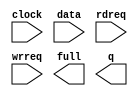
// megafunction wizard: %FIFO%VBB%
// GENERATION: STANDARD
// VERSION: WM1.0
// MODULE: scfifo 

// ============================================================
// Megafunction Name(s):
// 			scfifo
//
// Simulation Library Files(s):
// 			altera_mf
// ============================================================
// ************************************************************
// THIS IS A WIZARD-GENERATED FILE. DO NOT EDIT THIS FILE!
//
// 20.1.0 Build 711 06/05/2020 SJ Lite Edition
// ************************************************************

//Copyright (C) 2020  Intel Corporation. All rights reserved.
//Your use of Intel Corporation's design tools, logic functions 
//and other software and tools, and any partner logic 
//functions, and any output files from any of the foregoing 
//(including device programming or simulation files), and any 
//associated documentation or information are expressly subject 
//to the terms and conditions of the Intel Program License 
//Subscription Agreement, the Intel Quartus Prime License Agreement,
//the Intel FPGA IP License Agreement, or other applicable license
//agreement, including, without limitation, that your use is for
//the sole purpose of programming logic devices manufactured by
//Intel and sold by Intel or its authorized distributors.  Please
//refer to the applicable agreement for further details, at
//https://fpgasoftware.intel.com/eula.

module fifo2 (
	clock,
	data,
	rdreq,
	wrreq,
	full,
	q);

	input	  clock;
	input	[9:0]  data;
	input	  rdreq;
	input	  wrreq;
	output	  full;
	output	[9:0]  q;

endmodule

// ============================================================
// CNX file retrieval info
// ============================================================
// Retrieval info: PRIVATE: AlmostEmpty NUMERIC "0"
// Retrieval info: PRIVATE: AlmostEmptyThr NUMERIC "-1"
// Retrieval info: PRIVATE: AlmostFull NUMERIC "0"
// Retrieval info: PRIVATE: AlmostFullThr NUMERIC "-1"
// Retrieval info: PRIVATE: CLOCKS_ARE_SYNCHRONIZED NUMERIC "0"
// Retrieval info: PRIVATE: Clock NUMERIC "0"
// Retrieval info: PRIVATE: Depth NUMERIC "16384"
// Retrieval info: PRIVATE: Empty NUMERIC "0"
// Retrieval info: PRIVATE: Full NUMERIC "1"
// Retrieval info: PRIVATE: INTENDED_DEVICE_FAMILY STRING "MAX 10"
// Retrieval info: PRIVATE: LE_BasedFIFO NUMERIC "0"
// Retrieval info: PRIVATE: LegacyRREQ NUMERIC "1"
// Retrieval info: PRIVATE: MAX_DEPTH_BY_9 NUMERIC "0"
// Retrieval info: PRIVATE: OVERFLOW_CHECKING NUMERIC "0"
// Retrieval info: PRIVATE: Optimize NUMERIC "0"
// Retrieval info: PRIVATE: RAM_BLOCK_TYPE NUMERIC "0"
// Retrieval info: PRIVATE: SYNTH_WRAPPER_GEN_POSTFIX STRING "0"
// Retrieval info: PRIVATE: UNDERFLOW_CHECKING NUMERIC "0"
// Retrieval info: PRIVATE: UsedW NUMERIC "0"
// Retrieval info: PRIVATE: Width NUMERIC "10"
// Retrieval info: PRIVATE: dc_aclr NUMERIC "0"
// Retrieval info: PRIVATE: diff_widths NUMERIC "0"
// Retrieval info: PRIVATE: msb_usedw NUMERIC "0"
// Retrieval info: PRIVATE: output_width NUMERIC "10"
// Retrieval info: PRIVATE: rsEmpty NUMERIC "1"
// Retrieval info: PRIVATE: rsFull NUMERIC "0"
// Retrieval info: PRIVATE: rsUsedW NUMERIC "0"
// Retrieval info: PRIVATE: sc_aclr NUMERIC "0"
// Retrieval info: PRIVATE: sc_sclr NUMERIC "0"
// Retrieval info: PRIVATE: wsEmpty NUMERIC "0"
// Retrieval info: PRIVATE: wsFull NUMERIC "1"
// Retrieval info: PRIVATE: wsUsedW NUMERIC "0"
// Retrieval info: LIBRARY: altera_mf altera_mf.altera_mf_components.all
// Retrieval info: CONSTANT: ADD_RAM_OUTPUT_REGISTER STRING "OFF"
// Retrieval info: CONSTANT: INTENDED_DEVICE_FAMILY STRING "MAX 10"
// Retrieval info: CONSTANT: LPM_NUMWORDS NUMERIC "16384"
// Retrieval info: CONSTANT: LPM_SHOWAHEAD STRING "OFF"
// Retrieval info: CONSTANT: LPM_TYPE STRING "scfifo"
// Retrieval info: CONSTANT: LPM_WIDTH NUMERIC "10"
// Retrieval info: CONSTANT: LPM_WIDTHU NUMERIC "14"
// Retrieval info: CONSTANT: OVERFLOW_CHECKING STRING "ON"
// Retrieval info: CONSTANT: UNDERFLOW_CHECKING STRING "ON"
// Retrieval info: CONSTANT: USE_EAB STRING "ON"
// Retrieval info: USED_PORT: clock 0 0 0 0 INPUT NODEFVAL "clock"
// Retrieval info: USED_PORT: data 0 0 10 0 INPUT NODEFVAL "data[9..0]"
// Retrieval info: USED_PORT: full 0 0 0 0 OUTPUT NODEFVAL "full"
// Retrieval info: USED_PORT: q 0 0 10 0 OUTPUT NODEFVAL "q[9..0]"
// Retrieval info: USED_PORT: rdreq 0 0 0 0 INPUT NODEFVAL "rdreq"
// Retrieval info: USED_PORT: wrreq 0 0 0 0 INPUT NODEFVAL "wrreq"
// Retrieval info: CONNECT: @clock 0 0 0 0 clock 0 0 0 0
// Retrieval info: CONNECT: @data 0 0 10 0 data 0 0 10 0
// Retrieval info: CONNECT: @rdreq 0 0 0 0 rdreq 0 0 0 0
// Retrieval info: CONNECT: @wrreq 0 0 0 0 wrreq 0 0 0 0
// Retrieval info: CONNECT: full 0 0 0 0 @full 0 0 0 0
// Retrieval info: CONNECT: q 0 0 10 0 @q 0 0 10 0
// Retrieval info: GEN_FILE: TYPE_NORMAL fifo2.v TRUE
// Retrieval info: GEN_FILE: TYPE_NORMAL fifo2.inc FALSE
// Retrieval info: GEN_FILE: TYPE_NORMAL fifo2.cmp FALSE
// Retrieval info: GEN_FILE: TYPE_NORMAL fifo2.bsf FALSE
// Retrieval info: GEN_FILE: TYPE_NORMAL fifo2_inst.v TRUE
// Retrieval info: GEN_FILE: TYPE_NORMAL fifo2_bb.v TRUE
// Retrieval info: LIB_FILE: altera_mf